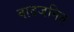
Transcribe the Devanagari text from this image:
वादजनित